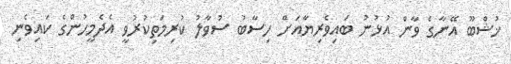
ޚުޝްބޫ އޭނާގެ ވާން އުޅުނު ބައިވެރިޔާއަށް ހިސާބު ސުވާލު ކުރިމަތިކުރުވީ އެދެމީހުންގެ ކައިވެނި